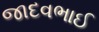
જાદવભાઈ